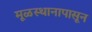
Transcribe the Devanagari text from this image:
मूळस्थानापासून